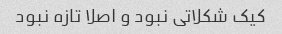
کیک شکلاتی نبود و اصلا تازه نبود